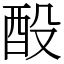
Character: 酘